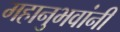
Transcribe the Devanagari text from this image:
महानुभवांनी